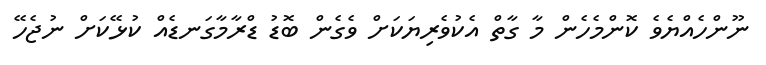
ނޫންހެއްޔެވެ ކޮންމެހެން މާ ގާތް އެކުވެރިޔަކަށް ވެގެން ބޮޑު ޑްރާމާގަނޑެއް ކުޅޭކަށް ނުޖެހޭ